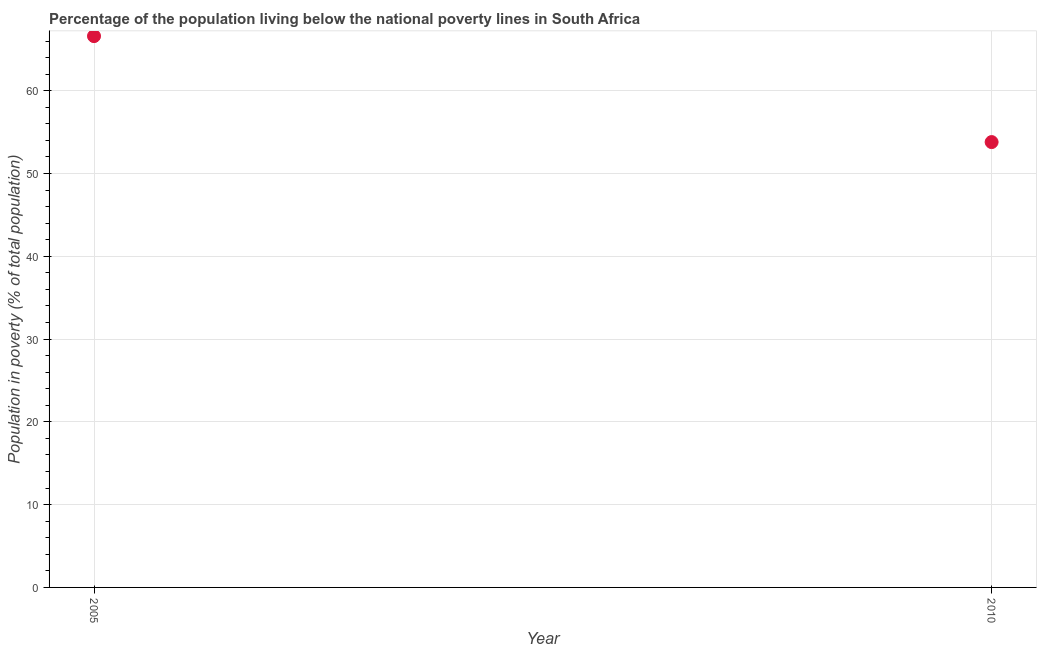
| Year | Poverty headcount ratio |
 | --- | --- |
 | 2005 | 66.6 |
 | 2010 | 53.8 |